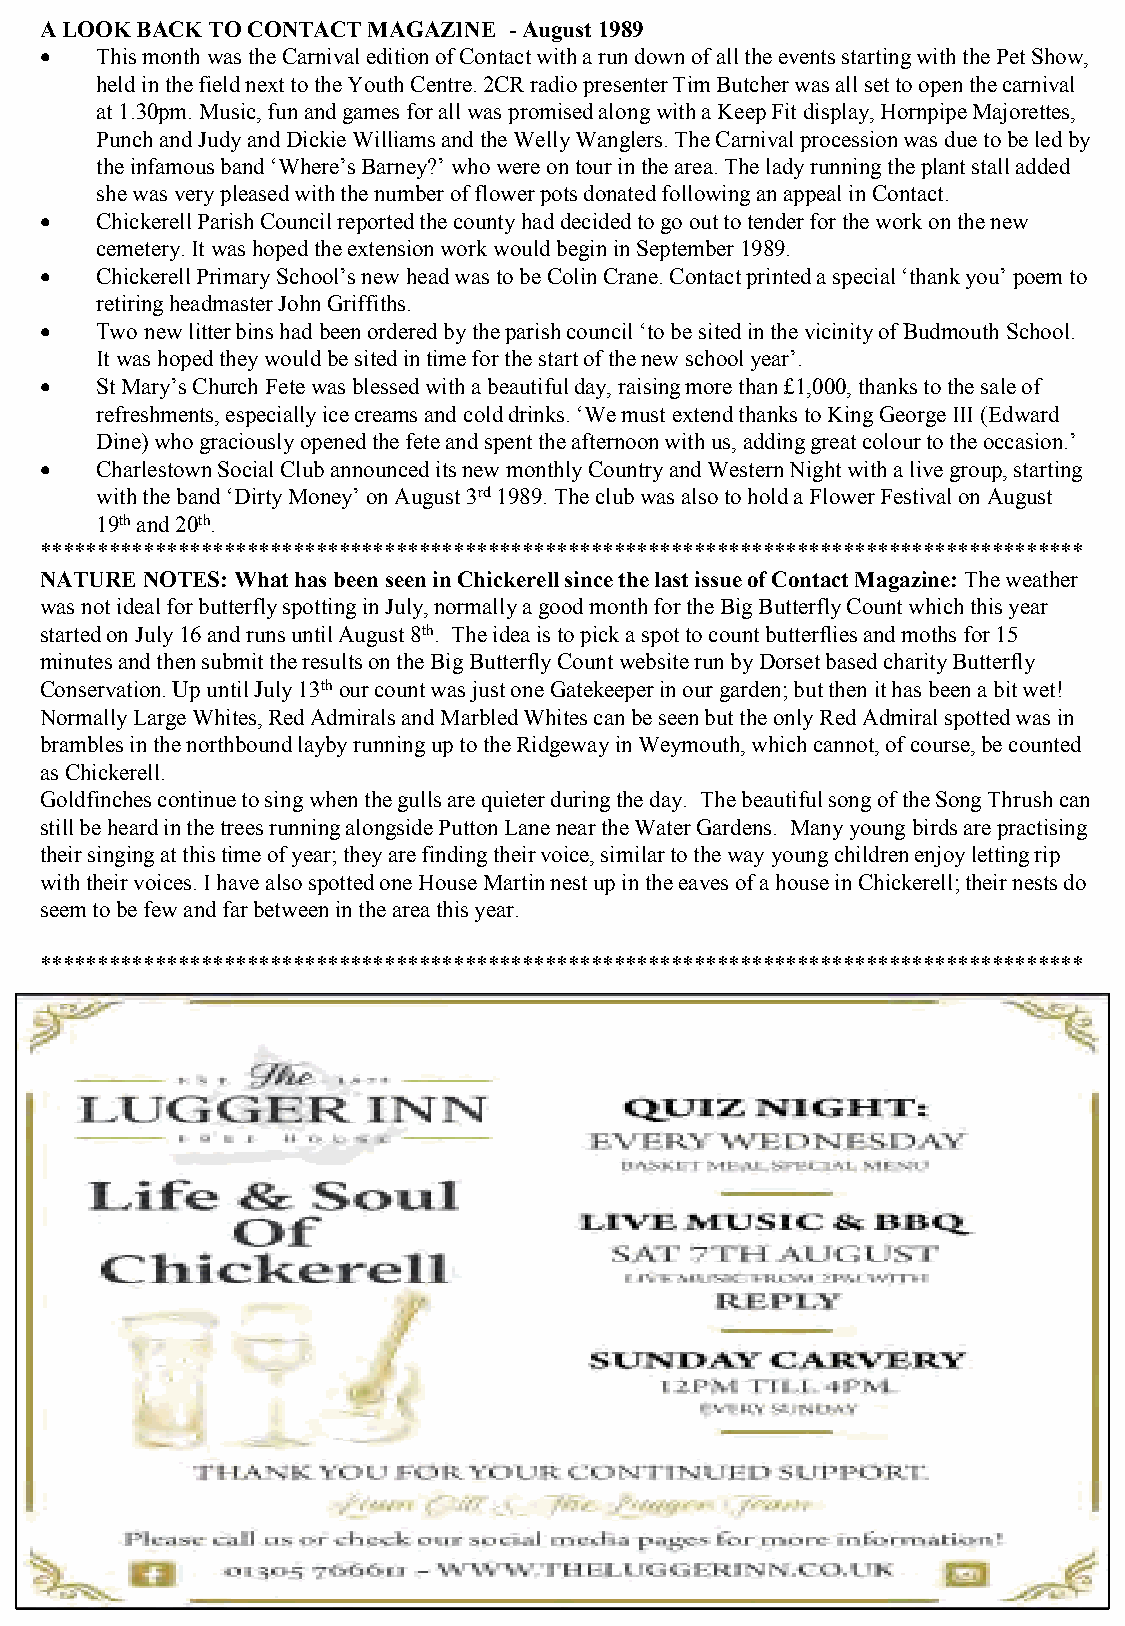
A LOOK BACK TO CONTACT MAGAZINE -August 1989
 •  This month was the Carnival edition of Contact with a run down of all the events starting with the Pet Show,
 held in the field next to the Youth Centre. 2CR radio presenter Tim Butcher was all set to open the carnival
 at 1.30pm. Music, fun and games for all was promised along with a Keep Fit display, Hornpipe Majorettes,
 Punch and Judy and Dickie Williams and the Welly Wanglers. The Carnival procession was due to be led by
 the infamous band ‘Where’s Barney?’ who were on tour in the area. The lady running the plant stall added
 she was very pleased with the number of flower pots donated following an appeal in Contact.
 •  Chickerell Parish Council reported the county had decided to go out to tender for the work on the new
 cemetery. It was hoped the extension work would begin in September 1989.
 •  Chickerell Primary School’s new head was to be Colin Crane. Contact printed a special ‘thank you’ poem to
 retiring headmaster John Griffiths.
 •  Two new litter bins had been ordered by the parish council ‘to be sited in the vicinity of Budmouth School.
 It was hoped they would be sited in time for the start of the new school year’.
 •  St Mary’s Church Fete was blessed with a beautiful day, raising more than £1,000, thanks to the sale of
 refreshments, especially ice creams and cold drinks. ‘We must extend thanks to King George III (Edward
 Dine) who graciously opened the fete and spent the afternoon with us, adding great colour to the occasion.’
 •  Charlestown Social Club announced its new monthly Country and Western Night with a live group, starting
 with the band ‘Dirty Money’ on August 3rd1989. The club was also to hold a Flower Festival on August
 19thand 20th.
 *******************************************************************************************
 NATURE NOTES: What has been seen in Chickerell since the last issue of Contact Magazine: The weather
 was not ideal for butterfly spotting in July, normally a good month for the Big Butterfly Count which this year
 started on July 16 and runs until August 8th. The idea is to pick a spot to count butterflies and moths for 15
 minutes and then submit the results on the Big Butterfly Count website run by Dorset based charity Butterfly
 Conservation. Up until July 13thour count was just one Gatekeeper in our garden; but then it has been a bit wet!
 Normally Large Whites, Red Admirals and Marbled Whites can be seen but the only Red Admiral spotted was in
 brambles in the northbound layby running up to the Ridgeway in Weymouth, which cannot, of course, be counted
 as Chickerell.
 Goldfinches continue to sing when the gulls are quieter during the day. The beautiful song of the Song Thrush can
 still be heard in the trees running alongside Putton Lane near the Water Gardens. Many young birds are practising
 their singing at this time of year; they are finding their voice, similar to the way young children enjoy letting rip
 with their voices. I have also spotted one House Martin nest up in the eaves of a house in Chickerell; their nests do
 seem to be few and far between in the area this year.
 *******************************************************************************************